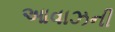
આવાઝની